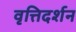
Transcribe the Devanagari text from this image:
वृत्तिदर्शन